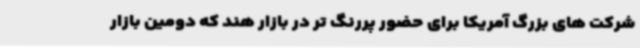
شرکت های بزرگ آمریکا برای حضور پررنگ تر در بازار هند که دومین بازار